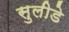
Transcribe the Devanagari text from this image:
सुलीडे